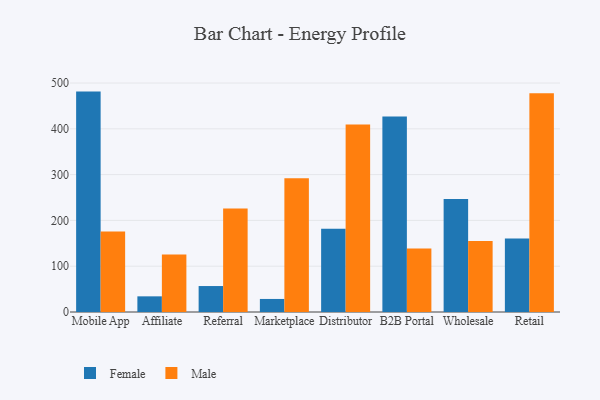
{"axis": {"x": "Channel", "y": "Net Income (USD K)"}, "legend": ["Female", "Male"], "data": [{"x": "Mobile App", "y": 481.3, "type": "Female"}, {"x": "Mobile App", "y": 175.7, "type": "Male"}, {"x": "Affiliate", "y": 34.2, "type": "Female"}, {"x": "Affiliate", "y": 125.7, "type": "Male"}, {"x": "Referral", "y": 56.7, "type": "Female"}, {"x": "Referral", "y": 225.9, "type": "Male"}, {"x": "Marketplace", "y": 28.5, "type": "Female"}, {"x": "Marketplace", "y": 292.2, "type": "Male"}, {"x": "Distributor", "y": 181.9, "type": "Female"}, {"x": "Distributor", "y": 409.2, "type": "Male"}, {"x": "B2B Portal", "y": 426.7, "type": "Female"}, {"x": "B2B Portal", "y": 138.4, "type": "Male"}, {"x": "Wholesale", "y": 246.5, "type": "Female"}, {"x": "Wholesale", "y": 154.9, "type": "Male"}, {"x": "Retail", "y": 160.4, "type": "Female"}, {"x": "Retail", "y": 477.9, "type": "Male"}]}